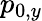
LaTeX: p_{0,y}